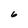
Character: 6